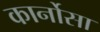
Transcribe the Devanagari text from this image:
कार्नोसा